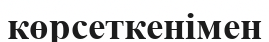
көрсеткенімен